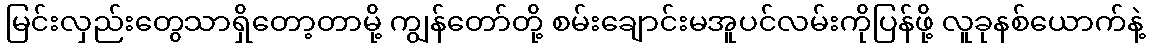
မြင်းလှည်းတွေသာရှိတော့တာမို့ ကျွန်တော်တို့ စမ်းချောင်းမအူပင်လမ်းကိုပြန်ဖို့ လူခုနစ်ယောက်နဲ့